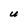
Character: U